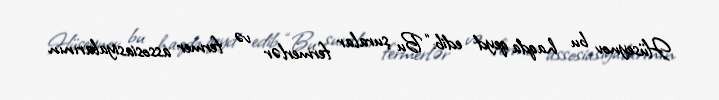
Hüseynov bu haqda qeyd edib: “Bu şuralar fermerlər və fermer assosiasiyalarının